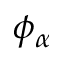
\phi _ { \alpha }